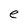
Character: e